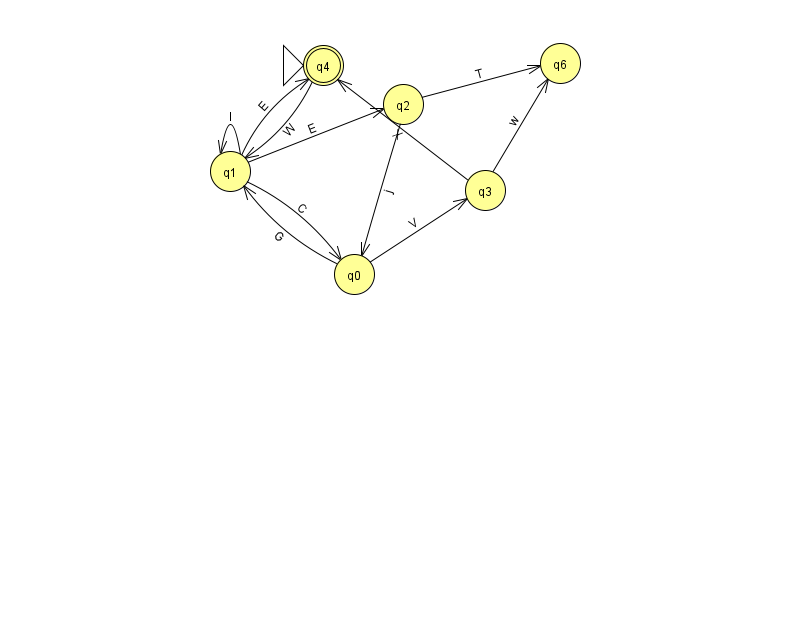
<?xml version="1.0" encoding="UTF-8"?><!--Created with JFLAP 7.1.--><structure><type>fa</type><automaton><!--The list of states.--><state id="0" name="q0"><x>354.0</x><y>261.0</y></state><state id="1" name="q1"><x>230.0</x><y>158.0</y></state><state id="2" name="q2"><x>403.0</x><y>91.0</y></state><state id="3" name="q3"><x>485.0</x><y>177.0</y></state><state id="4" name="q4"><x>323.0</x><y>52.0</y><initial/><final/></state><state id="6" name="q6"><x>560.0</x><y>50.0</y></state><!--The list of transitions.--><transition><from>1</from><to>4</to><read>E</read></transition><transition><from>2</from><to>6</to><read>T</read></transition><transition><from>0</from><to>3</to><read>V</read></transition><transition><from>4</from><to>1</to><read>W</read></transition><transition><from>0</from><to>1</to><read>G</read></transition><transition><from>1</from><to>2</to><read>E</read></transition><transition><from>3</from><to>6</to><read>w</read></transition><transition><from>1</from><to>0</to><read>C</read></transition><transition><from>2</from><to>0</to><read>j</read></transition><transition><from>1</from><to>1</to><read>l</read></transition><transition><from>3</from><to>4</to><read>X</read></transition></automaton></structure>